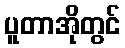
ပူတာအိုတွင်